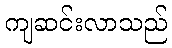
ကျဆင်းလာသည်